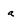
Character: a